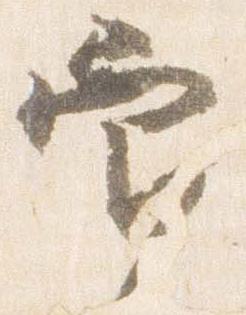
官